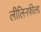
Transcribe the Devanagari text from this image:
लीलिनफील्ड